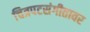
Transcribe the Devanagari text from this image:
चित्रपटसंगीतावर